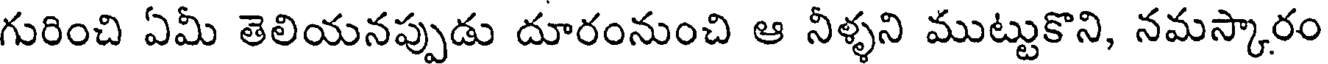
గురించి ఏమీ తెలియనప్పుడు దూరంనుంచి ఆ నీళ్ళని ముట్టుకొని, నమస్కారం